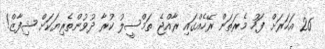
26 އަހަރަށް ފަހު މެރަތަން ރޭހެއްގައި ރާއްޖެ ތަމްސީލު ކުރާ ދުވުންތެރިޔަކަށް ޝިފާޒް!